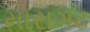
મોરાગઢ